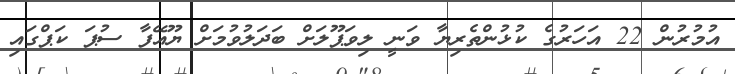
އުމުރުން 22 އަހަރުގެ ކުޅުންތެރިޔާ ވަނީ ލިވަޕޫލަށް ބަދަލުވުމަށް ޔޫއޭފާ ސުޕަ ކަޕްގައި